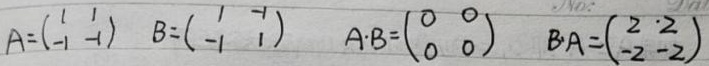
\[
A=\begin{pmatrix}
1 & 1\\
-1 & -1
\end{pmatrix}
B=\begin{pmatrix}
1 & -1\\
-1 & 1
\end{pmatrix}
A\cdot B=\begin{pmatrix}
0 & 0\\
0 & 0
\end{pmatrix}
B\cdot A=\begin{pmatrix}
2 & 2\\
-2 & -2
\end{pmatrix}
\]